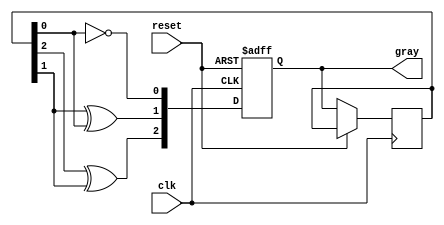
module gray_code_counter (
    input wire clk,         // Clock input
    input wire reset,       // Asynchronous reset
    output reg [2:0] gray   // 3-bit Gray code output
);

// Internal signals to hold the current state
reg [2:0] current_state;

// Asynchronous Reset and State Update
always @(posedge clk or posedge reset) begin
    if (reset) begin
        // Initialize to '000' on reset
        gray <= 3'b000;
    end else begin
        // Update the Gray code state on clock edge
        current_state <= gray;
        
        // Gray code transition logic
        gray[2] <= current_state[2] ^ current_state[1]; // G2 = B2  B1
        gray[1] <= current_state[1] ^ current_state[0]; // G1 = B1  B0
        gray[0] <= ~current_state[0];                     // G0 = ~B0
    end
end

endmodule